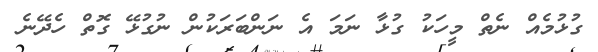
ގުޅުމެއް ނެތް މީހަކު ގުޅާ ނަމަ އެ ނަންބަރަކުން ނުގުޅޭ ގޮތް ހެދޭނެ